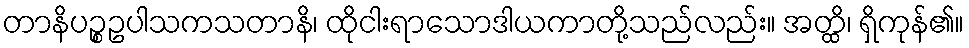
တာနိပဉ္စဥပါသကသတာနိ၊ ထိုငါးရာသောဒါယကာတို့သည်လည်း။ အတ္ထိ၊ ရှိကုန်၏။